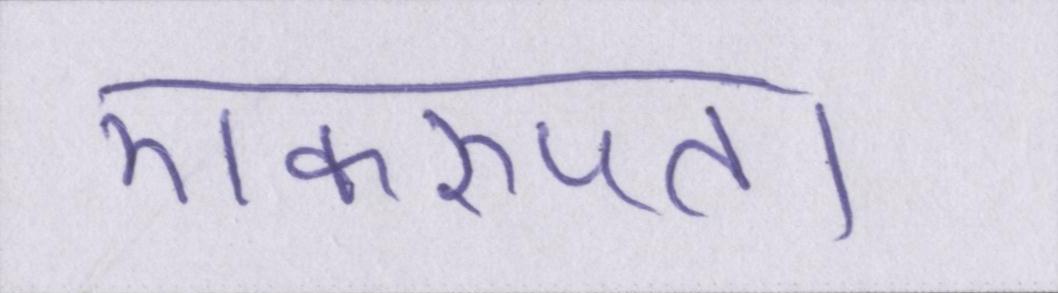
एकरूपता